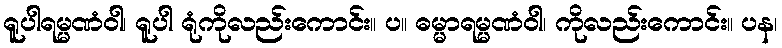
ရူပါရမ္မဏံဝါ၊ ရူပါ ရုံကိုလည်းကောင်း။ ပ။ ဓမ္မာရမ္မဏံဝါ၊ ကိုလည်းကောင်း။ ပန၊